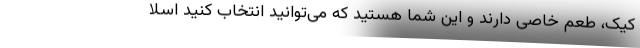
کیک، طعم خاصی دارند و این شما هستید که می‌توانید انتخاب کنید اسلا